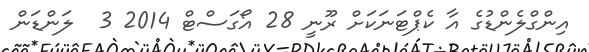
އިންގްލެންޑުގެ އާ ކެޕްޓަނަކަށް ރޫނީ 28 އޯގަސްޓް 2014 3  ލަންޑަން